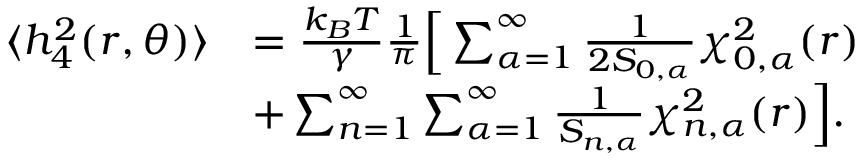
\begin{array} { r l } { \langle h _ { 4 } ^ { 2 } ( r , \theta ) \rangle } & { = \frac { k _ { B } T } { \gamma } \frac { 1 } { \pi } \Big [ \sum _ { \alpha = 1 } ^ { \infty } \frac { 1 } { 2 S _ { 0 , \alpha } } \chi _ { 0 , \alpha } ^ { 2 } ( r ) } \\ & { + \sum _ { n = 1 } ^ { \infty } \sum _ { \alpha = 1 } ^ { \infty } \frac { 1 } { S _ { n , \alpha } } \chi _ { n , \alpha } ^ { 2 } ( r ) \Big ] . } \end{array}